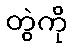
တွဲကို